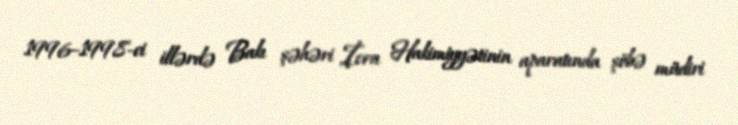
1996–1998-ci illərdə Bakı şəhəri İcra Hakimiyyətinin aparatında şöbə müdiri